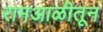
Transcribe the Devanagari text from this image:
रामआळीतून